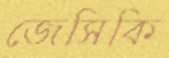
জেসিকি